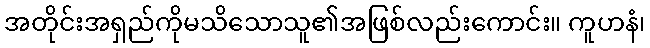
အတိုင်းအရှည်ကိုမသိသောသူ၏အဖြစ်လည်းကောင်း။ ကူဟနံ၊